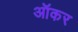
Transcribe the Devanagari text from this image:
ऑकर